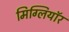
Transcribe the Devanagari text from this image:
मिग्लियॉर